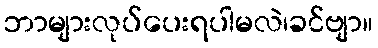
ဘာများလုပ်ပေးရပါမလဲ၊ခင်ဗျာ။